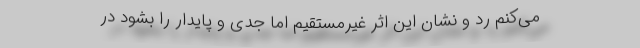
می‌کنم رد و نشانِ این اثرِ غیرمستقیم اما جدی و پایدار را بشود در